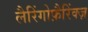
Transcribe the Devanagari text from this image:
लैरिंगोफ़ैरिंक्ज़